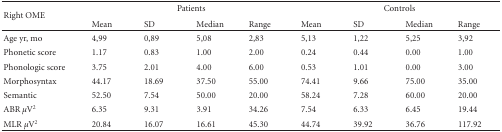
| <ROWSPAN=2> Right OME | <COLSPAN=4> Patients | <COLSPAN=4> Controls |
 | Mean | SD | Median | Range | Mean | SD | Median | Range |
 | --- | --- | --- | --- | --- | --- | --- | --- | --- |
 | Age yr, mo | 4,99 | 0,89 | 5,08 | 2,83 | 5,13 | 1,22 | 5,25 | 3,92 |
 | Phonetic score | 1.17 | 0.83 | 1.00 | 2.00 | 0.24 | 0.44 | 0.00 | 1.00 |
 | Phonologic score | 3.75 | 2.01 | 4.00 | 6.00 | 0.53 | 1.01 | 0.00 | 3.00 |
 | Morphosyntax | 44.17 | 18.69 | 37.50 | 55.00 | 74.41 | 9.66 | 75.00 | 35.00 |
 | Semantic | 52.50 | 7.54 | 50.00 | 20.00 | 58.24 | 7.28 | 60.00 | 20.00 |
 | ABR μV2 | 6.35 | 9.31 | 3.91 | 34.26 | 7.54 | 6.33 | 6.45 | 19.44 |
 | MLR μV2 | 20.84 | 16.07 | 16.61 | 45.30 | 44.74 | 39.92 | 36.76 | 117.92 |